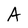
Character: A